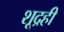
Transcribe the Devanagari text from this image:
शूद्रही